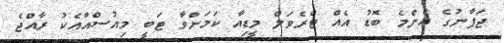
ޖަޕާނުގެ އެންމެ ބޮޑު އެއް ޓްރެވަލް މީޑިއާ ކަމަށްވާ ޓަބީ މިއުސްއާއެކު ރާއްޖެ